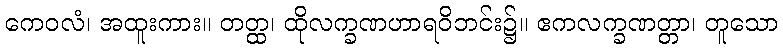
ကေဝလံ၊ အထူးကား။ တတ္ထ၊ ထိုလက္ခဏဟာရဝိဘင်း၌။ ဧကလက္ခဏတ္တာ၊ တူသော